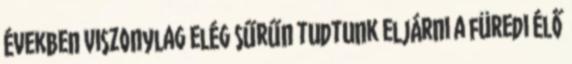
években viszonylag elég sűrűn tudtunk eljárni a füredi élő